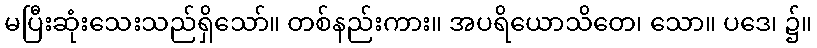
မပြီးဆုံးသေးသည်ရှိသော်။ တစ်နည်းကား။ အပရိယောသိတေ၊ သော။ ပဒေ၊ ၌။